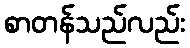
စာတန်သည်လည်း